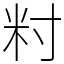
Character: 籿